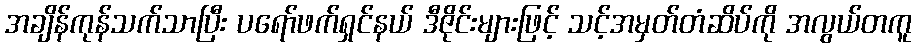
အချိန်ကုန်သက်သာပြီး ပရော်ဖက်ရှင်နယ် ဒီဇိုင်းများဖြင့် သင့်အမှတ်တံဆိပ်ကို အလွယ်တကူ